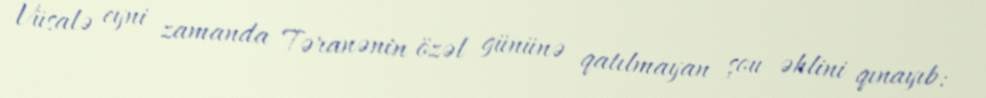
Vüsalə eyni zamanda Təranənin özəl gününə qatılmayan şou əhlini qınayıb: